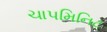
ચાપમિનિટ